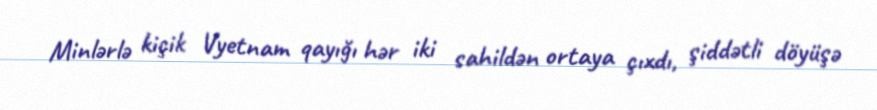
Minlərlə kiçik Vyetnam qayığı hər iki sahildən ortaya çıxdı, şiddətli döyüşə